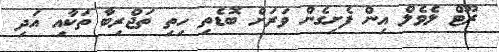
ރޫޓް ލެވެލް އިން ފެށިގެން ވަރަށް ބޮޑެތި ހިތި ތަޖްރިބާ ތަކާއި އަދި